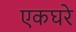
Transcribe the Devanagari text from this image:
एकघरे